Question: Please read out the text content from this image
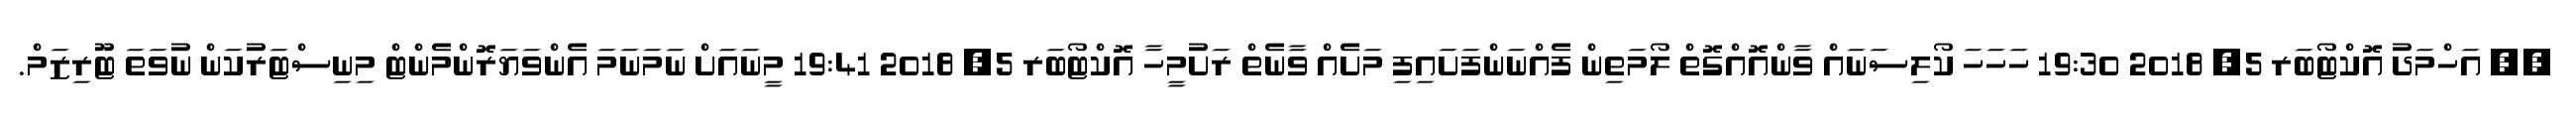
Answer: ?? އަހްމަދު އޮކްޓޯބަރ 5, 2018 19:30 ހަހަހަ ކޯލިސަނައް ވާންއޮއްގޮތް ލޯމަތިން ފެއްނަންފަށައިފި މަށެއް ވާނެތް ރަށުމީހާ އޮކްޓޯބަރ 5, 2018 19:41 މީނައަށް ނަމަނަމަ އެންވަޔަރޮންމެންޓް މިނިސްޓަރުކަން ނުވަތަ ޓޫރިޒަމް.